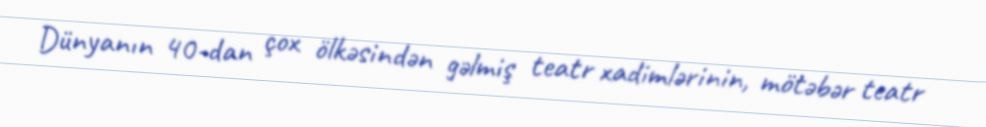
Dünyanın 40-dan çox ölkəsindən gəlmiş teatr xadimlərinin, mötəbər teatr